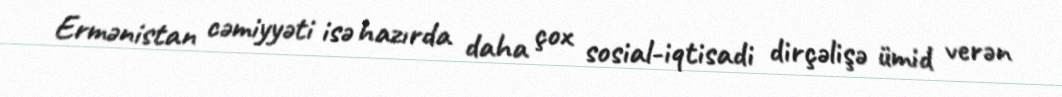
Ermənistan cəmiyyəti isə hazırda daha çox sosial-iqtisadi dirçəlişə ümid verən